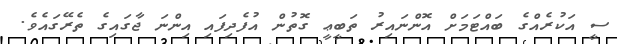
ސީ އަކުރެއްގެ ބައްޓަމަށް އޮންނައިރު ތަބީޢީ ގޮތުން އުފެދިފައި އިންނަ ޖާގައިގެ ތެރޭގައެވެ.